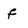
Character: f